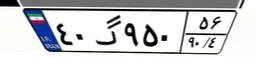
۰۷گ۴۵۳۹۰